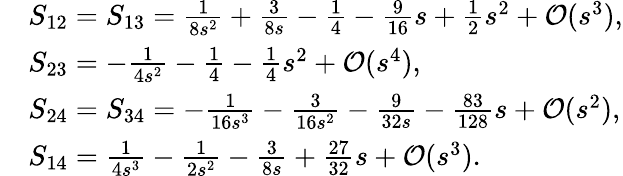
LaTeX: \begin{array}{rl}&{S_{12}=S_{13}=\frac{1}{8s^{2}}+\frac{3}{8s}-\frac{1}{4}-\frac{9}{16}s+\frac{1}{2}s^{2}+\mathcal{O}(s^{3}),}\\ &{S_{23}=-\frac{1}{4s^{2}}-\frac{1}{4}-\frac{1}{4}s^{2}+\mathcal{O}(s^{4}),}\\ &{S_{24}=S_{34}=-\frac{1}{16s^{3}}-\frac{3}{16s^{2}}-\frac{9}{32s}-\frac{83}{128}s+\mathcal{O}(s^{2}),}\\ &{S_{14}=\frac{1}{4s^{3}}-\frac{1}{2s^{2}}-\frac{3}{8s}+\frac{27}{32}s+\mathcal{O}(s^{3}).}\end{array}